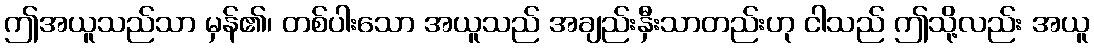
ဤအယူသည်သာ မှန်၏၊ တစ်ပါးသော အယူသည် အချည်းနှီးသာတည်းဟု ငါသည် ဤသို့လည်း အယူ